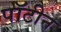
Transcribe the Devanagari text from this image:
पॉटीन